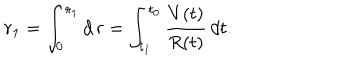
LaTeX: r _ { 1 } = \int _ { 0 } ^ { r _ { 1 } } d \, r = \int _ { t _ { 1 } } ^ { t _ { 0 } } \frac { V ( t ) } { R ( t ) } \, d t .